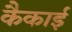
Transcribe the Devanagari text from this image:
कैकाई